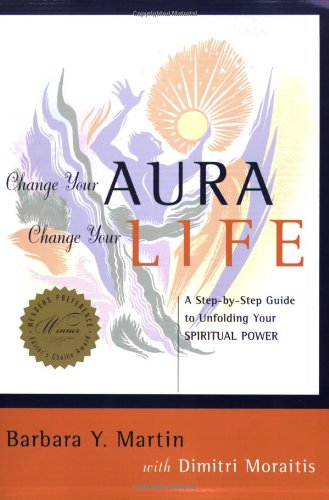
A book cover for Change Your Aura, Change Your Life: A Step-by-Step Guide to Unfolding Your Spiritual Power; Barbara Y. Martin; Religion & Spirituality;